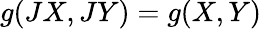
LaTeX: g(JX,JY)=g(X,Y)